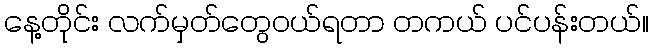
နေ့တိုင်း လက်မှတ်တွေဝယ်ရတာ တကယ် ပင်ပန်းတယ်။